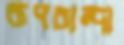
রূপচান্দা